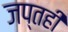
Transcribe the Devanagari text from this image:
जप्‍तही